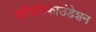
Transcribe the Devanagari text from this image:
कोंडकेफाउंडेशन